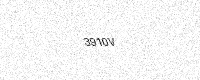
Text: 3910V